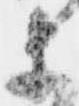
等